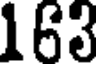
163